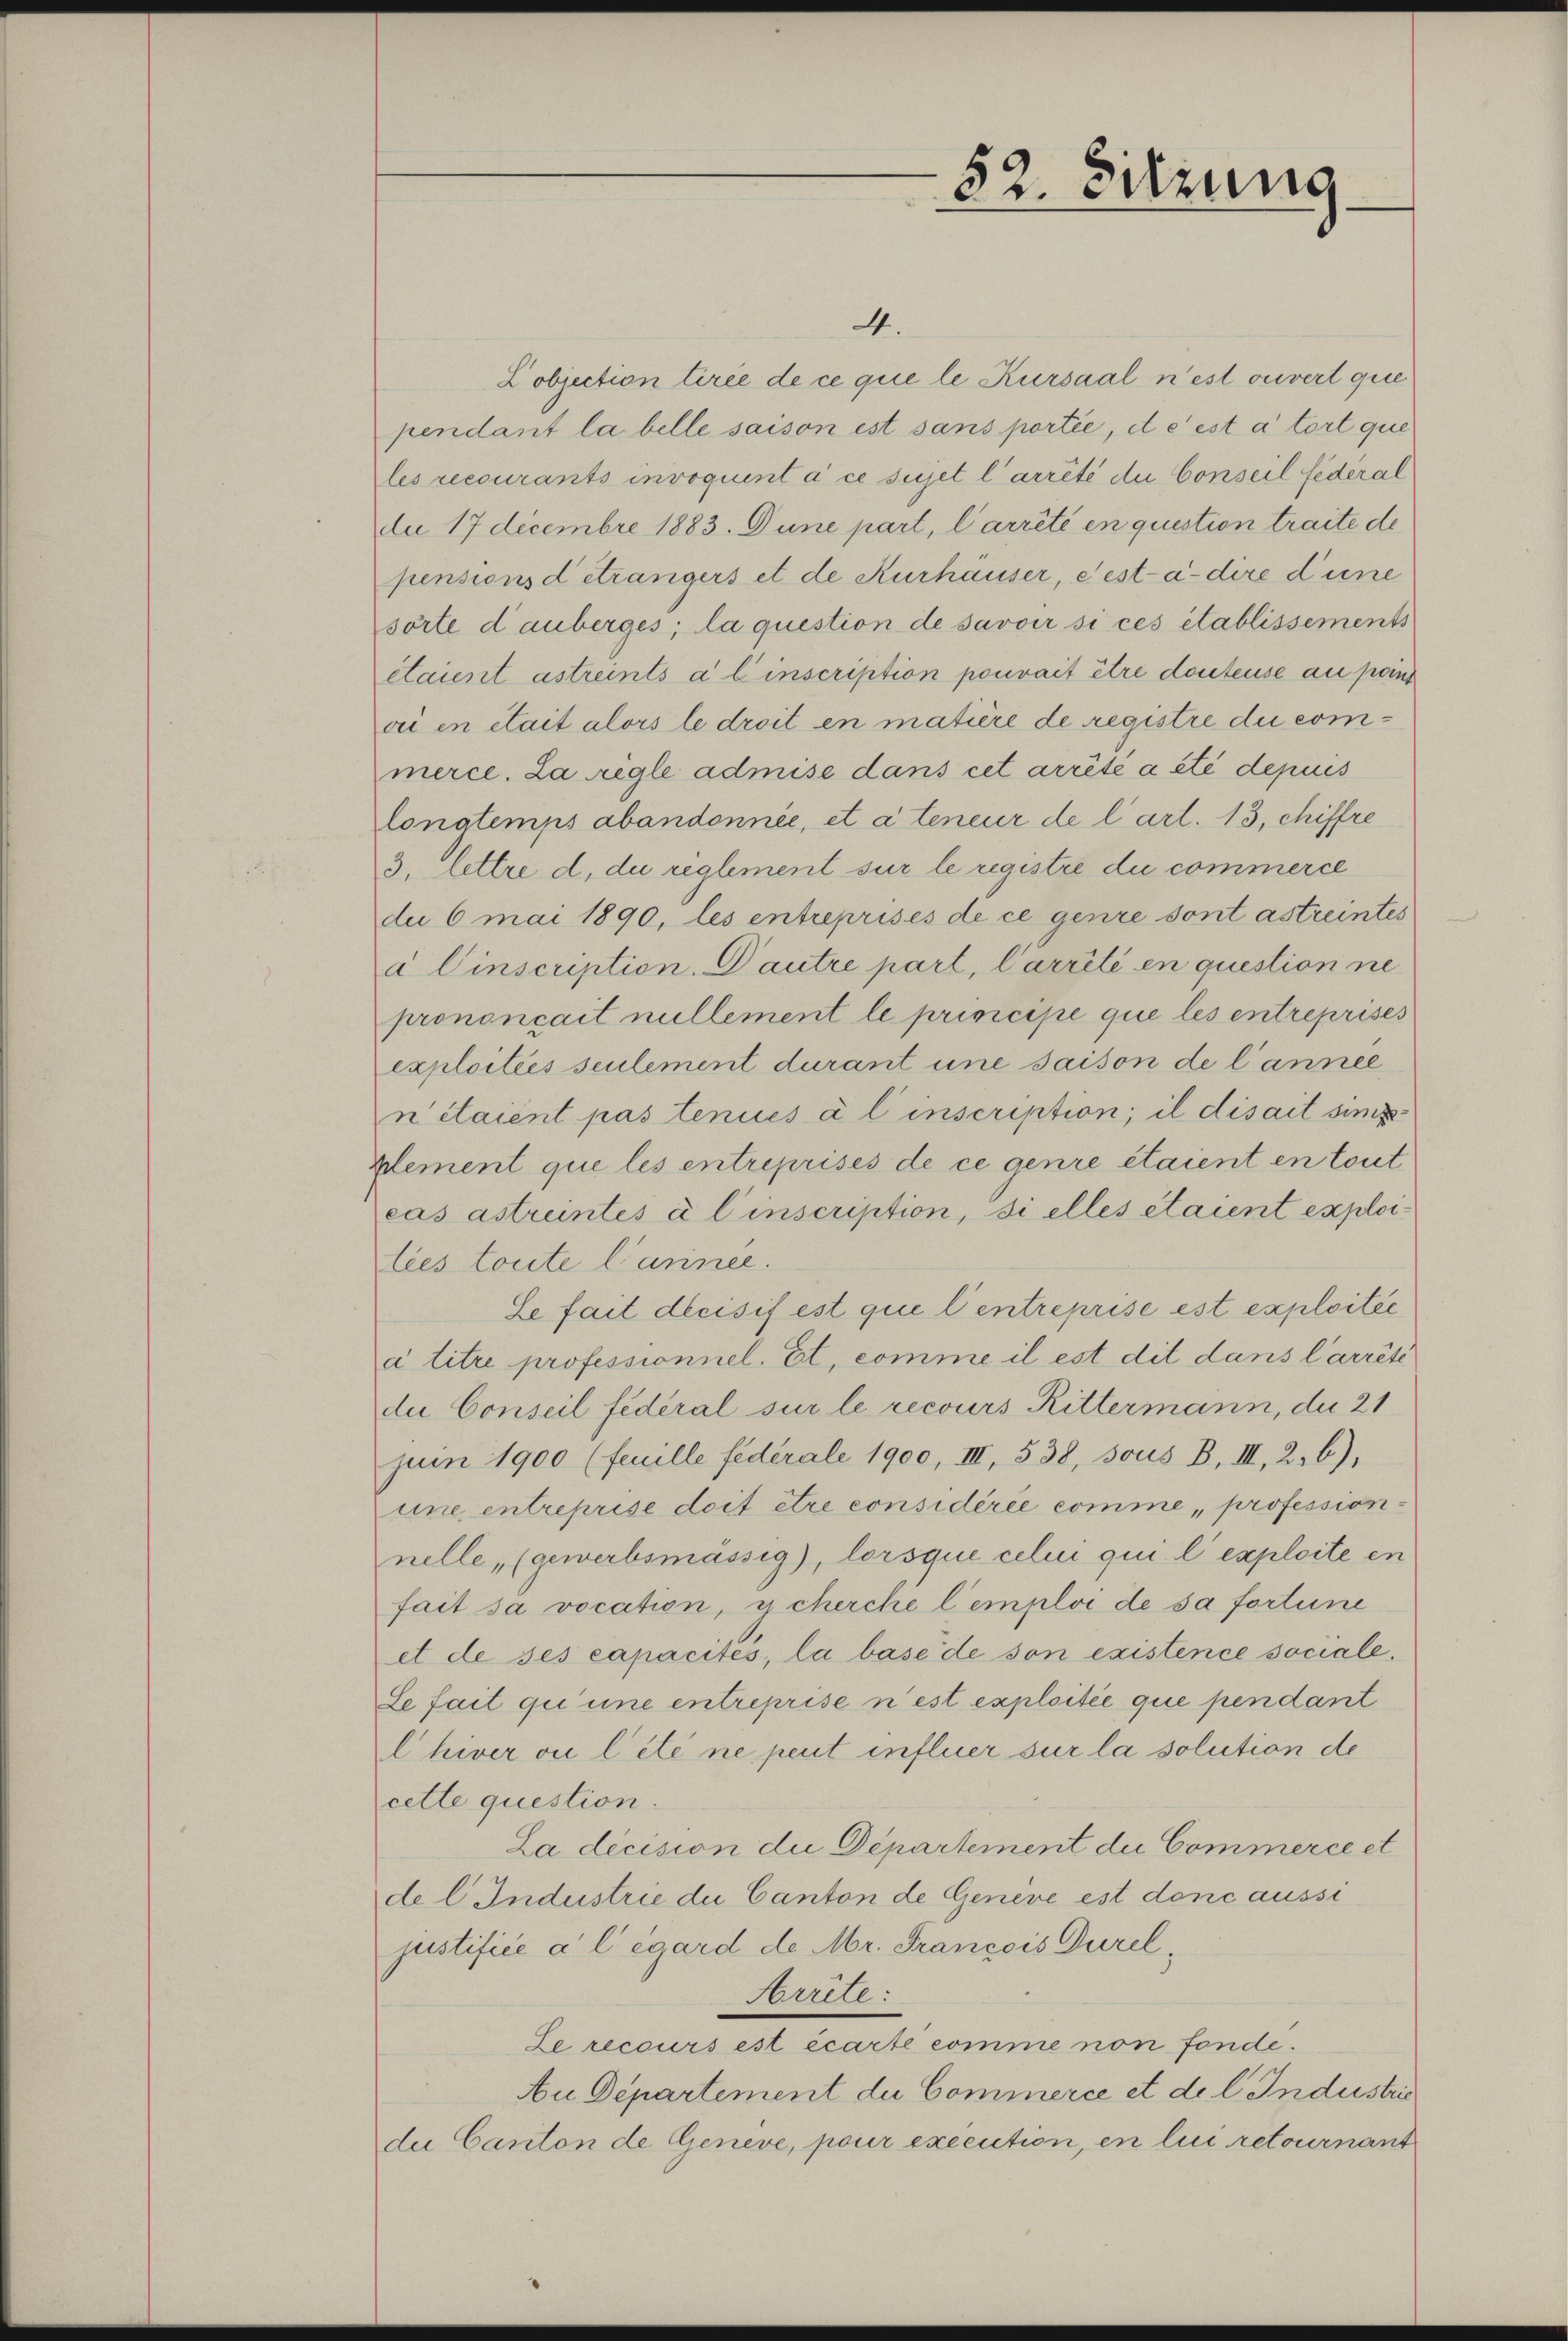
52. Sitzung

4.
Lobjection tirée de ce que le Kursaal n’est ouvert que
pendant la belle saison est sans portie, de est à tort que
les recourants invoquent à ce sujet l’arrêté du Conseil federal
da 17 decembre 1883. Dune part, l’arrêté en question traite de
pensionsd étrangers et de Kurhauser, eest-à-dire d’une
sörte dauberges; la question de savoir si ces établissements
étaient astreints à l’inscription pouvait être douteuse au pos
ou en était alors le droit en matière de registre du commerce. La regle admise dans cet arrêté a été depuis
longtemps abandonnée, et à teneur de l’art. 13, chiffre
3. lettre d. di reglement sur le registre du commerce
du 6 mai 1890, les entreprises de ce genre sont astreintes
a Einscription. Dautre part, Carrêté en question ne
prononcait nullement le principe que les entreprises
exploitées seulement durant une saison de l’année
n étaient pas tenues à l inscription; il disait simp¬
Plement que les entreprises de ce genre étaient en tout
cas astreintes à l’inscription, si elles étaient exploities toute Carinee.
Se fait decisif est qui l’entreprise est exploitée
à titre professionnel. Et, comme il est dit dans Carrêté
du Conseil fédéral sur le recours Rittermann, da 21
juin 1900 (feuille federale 1900, III, 538, sous B. III, 2, 6),
une entreprise doit être considérée comme, profession
nelle (gewerbsmässig, lorsque celui qui l’exploite en
fait sa vocation, ycherche l’emploi de sa fortune
et de ses capacités, la base de son existence sociale.
Se fait qu’une entreprise n’est exploitée que pendant
lhiver vu lété ne peut influer sur la solution de
cette question.
La dicision die Departement die Commerce et
de l. Industrie du Canton de Geneve est donc aussi
justifice à l’égard de Mr. Francois Durel¬
Arrite:
Le recours est écarte comme non fondé.
Au Departement du Commerce et de l. Industrie
de Canton de Geneve, pour execution, en lici retournant